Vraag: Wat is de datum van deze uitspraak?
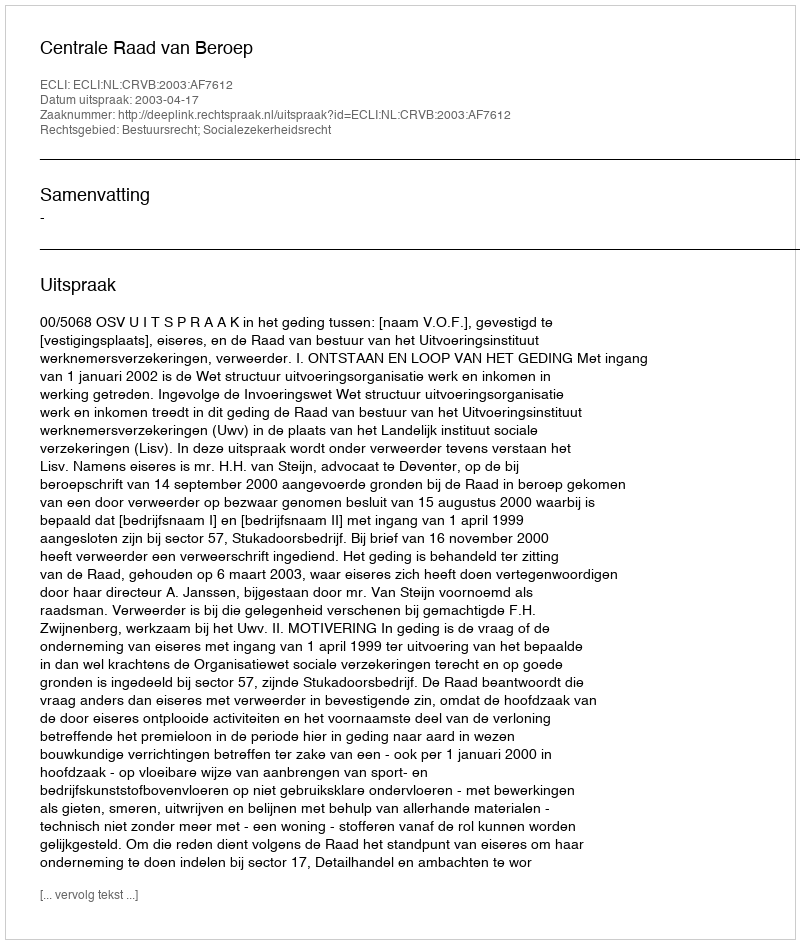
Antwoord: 2003-04-17